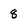
Character: 8